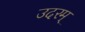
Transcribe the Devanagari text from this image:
उदरम्